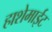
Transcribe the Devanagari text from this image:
हाशेमाईट